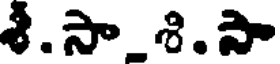
శ.సా_శి.సా